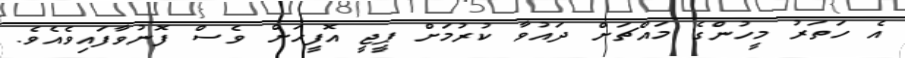
އެ ހަތަރު މީހުންގެ މައްޗަށް ދައުވާ ކުރުމަށް ޕީޖީ އޮފީހަށް ވެސް ފޮނުވާފައިވެއެވެ.